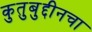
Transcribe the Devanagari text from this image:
कुतुबुद्दीनचा